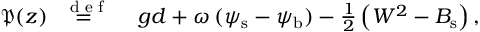
\begin{array} { r l } { \mathfrak { P } ( z ) \stackrel { \mathrm { ~ \tiny ~ { ~ d ~ e ~ f ~ } ~ } } { = } } & { { } \, g d + \omega \, ( { \psi } _ { \mathrm { s } } - { \psi } _ { \mathrm { b } } ) - { \textstyle { \frac { 1 } { 2 } } } \left( W ^ { 2 } - { B } _ { \mathrm { s } } \right) , } \end{array}